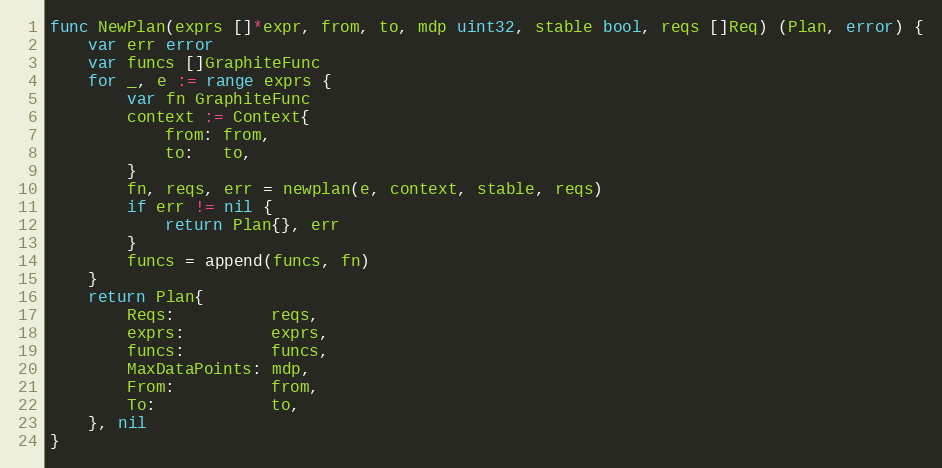
Language: Go
func NewPlan(exprs []*expr, from, to, mdp uint32, stable bool, reqs []Req) (Plan, error) {
	var err error
	var funcs []GraphiteFunc
	for _, e := range exprs {
		var fn GraphiteFunc
		context := Context{
			from: from,
			to:   to,
		}
		fn, reqs, err = newplan(e, context, stable, reqs)
		if err != nil {
			return Plan{}, err
		}
		funcs = append(funcs, fn)
	}
	return Plan{
		Reqs:          reqs,
		exprs:         exprs,
		funcs:         funcs,
		MaxDataPoints: mdp,
		From:          from,
		To:            to,
	}, nil
}